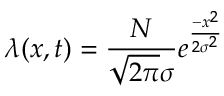
\lambda ( x , t ) = \frac { N } { \sqrt { 2 \pi } \sigma } e ^ { \frac { - x ^ { 2 } } { 2 \sigma ^ { 2 } } }